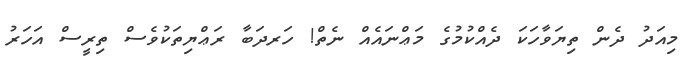
މިއަދު ދެން ތިޔަވާހަކަ ދެއްކުމުގެ މަޢްނައެއް ނެތް! ހަރދަބާ ރަޢްޔިތަކުވެސް ތިރީސް އަހަރު